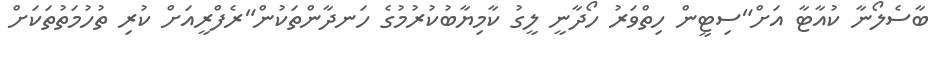
ބާސެލޯނާ ކުއާޓާ އަށް"ސިޓީން ހިތްވަރު ހޯދާނީ ލީގު ކާމިޔާބުކުރުމުގެ ހަނދާންތަކުން"ރެފްރީއަށް ކުރި ތުހުމަތުތަކަށް